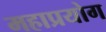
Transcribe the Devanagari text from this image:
महाप्रयोग